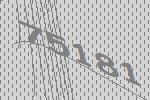
75181